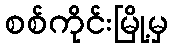
စစ်ကိုင်းမြို့မှ